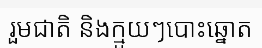
រួមជាតិ និងក្មួយៗបោះឆ្នោត